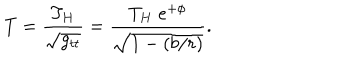
LaTeX: T = { \frac { T _ { H } } { \sqrt { g _ { t t } } } } = { \frac { T _ { H } \; e ^ { + \phi } } { \sqrt { 1 - ( b / r ) } } } .